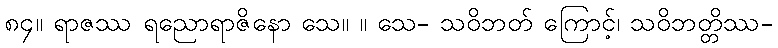
၈၄။ ရာဇဿ ရညောရာဇိနော သေ။ ။ သေ- သဝိဘတ် ကြောင့်၊ သဝိဘတ္တိဿ-